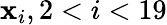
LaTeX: \mathbf{x}_{i},2<i<19